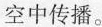
空中传播。